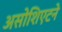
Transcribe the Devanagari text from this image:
असोशिएटने